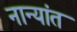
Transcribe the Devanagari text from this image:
नान्यांत